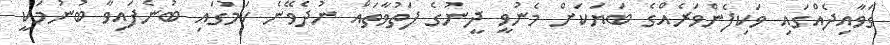
ގަވާއިދެއްގައި ވަކިފެންވަރެއްގެ ބަޔަކަށް މެނުވީ ދީނުގެ ފަތުވާތައް ނުދެވޭނެ ކަމުގައި ބުނެފައިވާ ބުނުމަކީ